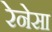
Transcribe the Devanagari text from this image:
रेनेसा